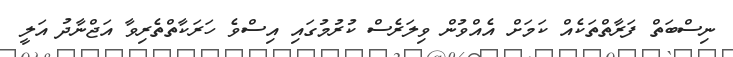
ނިސްބަތް ފަރާތްތަކެއް ކަމަށް އެއްވުން ވިލަރެސް ކުރުމުގައި އިސްވެ ހަރަކާތްތެރިވާ އަޖްނާދު އަލީ